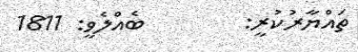
ތައްޔާރުކުރީ:        ބެއްލެވީ: 1811